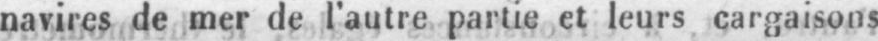
navires de mer de l’autre partie et leurs cargaisons